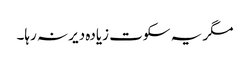
مگر یہ سکوت زیادہ دیر نہ رہا۔